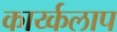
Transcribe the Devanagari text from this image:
कार्य्कलाप